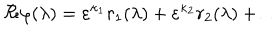
\Re \varphi ( \lambda ) = \varepsilon ^ { \kappa _ { 1 } } r _ { 1 } ( \lambda ) + \varepsilon ^ { \kappa _ { 2 } } r _ { 2 } ( \lambda ) + \ldots